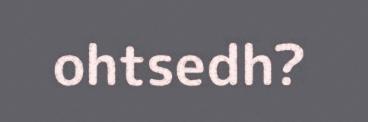
ohtsedh?